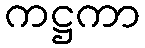
ကဋ္ဌကာ